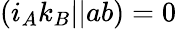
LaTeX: (i_{A}k_{B}||ab)=0